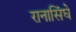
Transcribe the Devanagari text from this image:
रानासिंघे